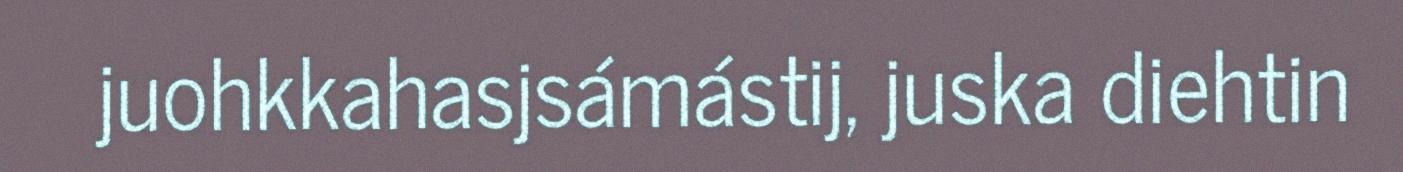
juohkkahasjsámástij, juska diehtin